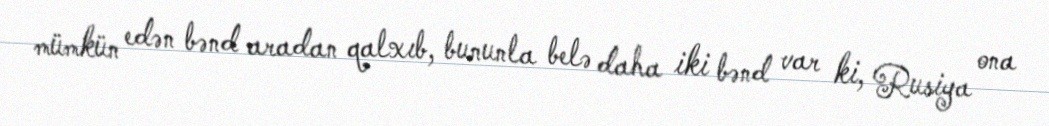
mümkün edən bənd aradan qalxıb, bununla belə daha iki bənd var ki, Rusiya ona